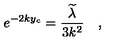
e ^ { - 2 k y _ { c } } = \frac { \widetilde { \lambda } } { 3 k ^ { 2 } } \quad ,